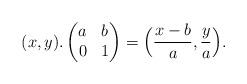
LaTeX: \begin{align*} (x,y).\begin{pmatrix} a & b \\ 0 & 1 \end{pmatrix}=\Big(\frac{x-b}{a},\frac{y}{a}\Big). \end{align*}